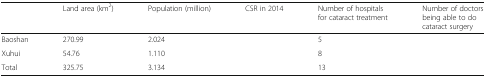
<table><thead><tr><td>[EMPTY_CELL]</td><td><b>Land area (km<sup>2</sup>)</b></td><td><b>Population (million)</b></td><td><b>CSR in 2014</b></td><td><b>Number of hospitals for cataract treatment</b></td><td><b>Number of doctors being able to do cataract surgery</b></td></tr></thead><tbody><tr><td>Baoshan</td><td>270.99</td><td>2.024</td><td>[EMPTY_CELL]</td><td>5</td><td>[EMPTY_CELL]</td></tr><tr><td>Xuhui</td><td>54.76</td><td>1.110</td><td>[EMPTY_CELL]</td><td>8</td><td>[EMPTY_CELL]</td></tr><tr><td>Total</td><td>325.75</td><td>3.134</td><td>[EMPTY_CELL]</td><td>13</td><td>[EMPTY_CELL]</td></tr></tbody></table>